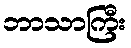
ဘာသာကြီး